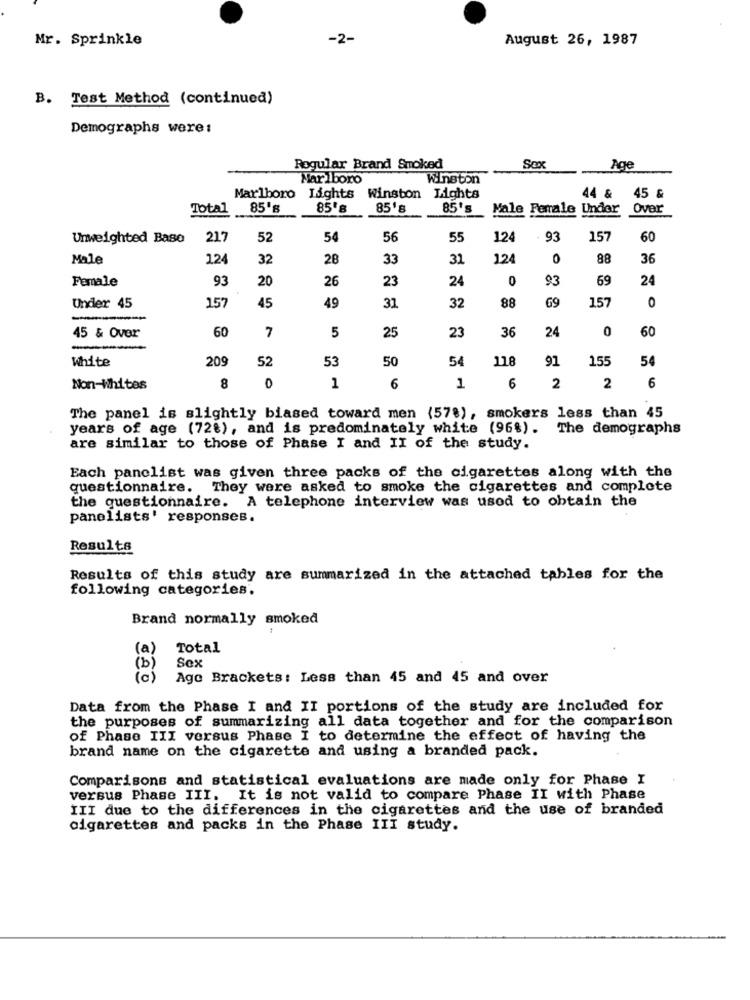
Mr. Sprinkle
-2-
August 26, 1987
B. Test Method (continued)
Demographs were:
Rogular Brand Smoked
Sox
Age
Marlboro
Winston
44 &
Marlboro Lights
Winston Lights
45 &
Total
85's
85's
85's
85's
Male Female Under
Ovar
Unweighted Base
217
52
54
56
55
124
93
157
60
Male
124
32
28
33
31
12
0
88
36
Female
93
20
26
23
24
0
93
69
24
157
88
69
157
0
Under 45
45
49
31
32
60
7
5
23
36
24
0
60
45 & Over
25
-
White
209
50
54
118
91
155
54
52
53
1
Non-Whites
8
0
1
6
6
2
2
6
The panel is slightly biased toward men (578), smokers less than 45
years of age (72%), and is predominately white (968) .
The demographs
are similar to those of Phase I and II of the study.
Each panelist was given three packs of the cigarettes along with the
questionnaire.
They were asked to smoke the cigarettes and complete
the questionnaire.
A telephone interview was used to obtain the
panelists' responses.
Results
Results of this study are summarized in the attached tables for the
following categories.
Brand normally smoked
(a)
Total
(b)
Sex
Ago Brackets: Less than 45 and 45 and over
Data from the Phase I and II portions of the study are included for
the purposes of summarizing all data together and for the comparison
of Phase III versus Phase I to determine the effect of having the
brand name on the cigarette and using a branded pack.
Comparisons and statistical evaluations are made only for Phase I
versus Phase III. It is not valid to compare Phase II with Phase
III due to the differences in the cigarettes and the use of branded
cigarettes and packs in the Phase III study.